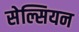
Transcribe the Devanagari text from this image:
सेल्सियन